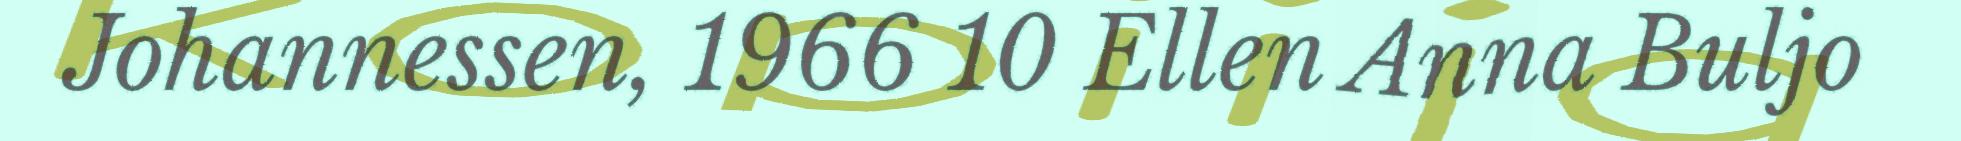
Johannessen, 1966 10 Ellen Anna Buljo